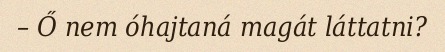
– Ő nem óhajtaná magát láttatni?